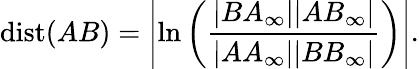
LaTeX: \operatorname{dist}(AB)=\left|\ln\left({\frac{|BA_{\infty}||AB_{\infty}|}{|AA_{\infty}||BB_{\infty}|}}\right)\right|.